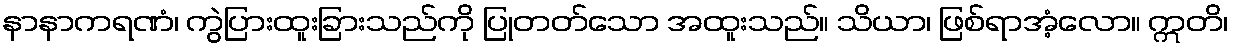
နာနာကရဏံ၊ ကွဲပြားထူးခြားသည်ကို ပြုတတ်သော အထူးသည်။ သိယာ၊ ဖြစ်ရာအံ့လော။ ဣတိ၊